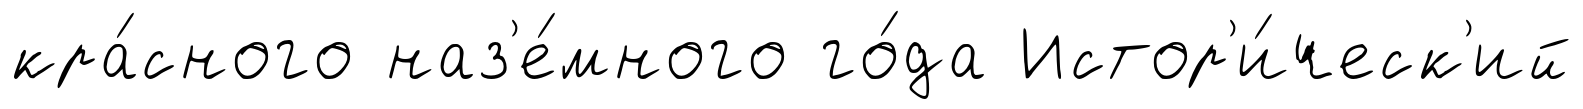
кра́сного наз'е́много го́да Истор'и́ческ'ий